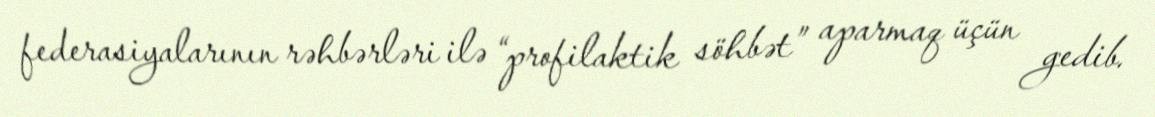
federasiyalarının rəhbərləri ilə “profilaktik söhbət” aparmaq üçün gedib.